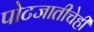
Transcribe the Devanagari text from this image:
पोटजातीचेही